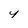
Character: 4